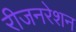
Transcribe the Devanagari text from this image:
रीजनरेशन